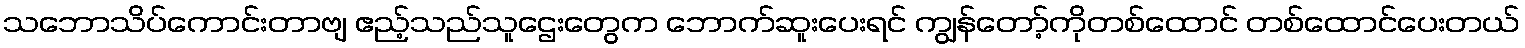
သဘောသိပ်ကောင်းတာဗျ ဧည့်သည်သူဌေးတွေက ဘောက်ဆူးပေးရင် ကျွန်တော့်ကိုတစ်ထောင် တစ်ထောင်ပေးတယ်